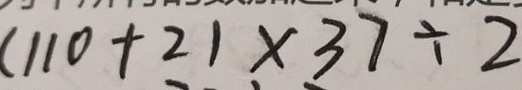
( 1 1 0 + 2 ) \times 3 7 \div 2